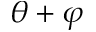
\theta + \varphi